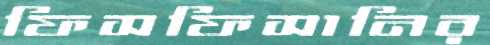
ফিসফিসানির